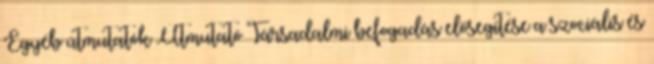
Egyéb útmutatók Útmutató Társadalmi befogadás elősegítése a szociális és